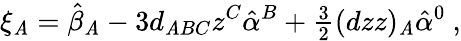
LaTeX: \xi_{\mathit{A}}=\hat{{\beta}}_{\mathit{A}}-3d_{\mathit{A}BC}z^{C}\hat{{\alpha}}^{B}+{\textstyle\frac{{3}}{{2}}}(dzz)_{\mathit{A}}\hat{{\alpha}}^{0}\ ,